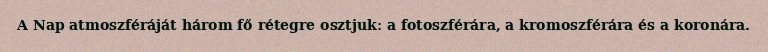
A Nap atmoszféráját három fő rétegre osztjuk: a fotoszférára, a kromoszférára és a koronára.